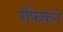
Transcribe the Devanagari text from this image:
रफिकने